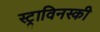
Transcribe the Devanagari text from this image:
स्ट्राविनस्की